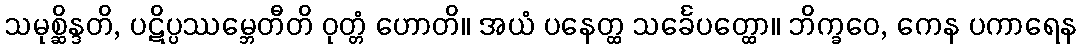
သမုစ္ဆိန္ဒတိ, ပဋိပ္ပဿမ္ဘေတီတိ ဝုတ္တံ ဟောတိ။ အယံ ပနေတ္ထ သင်္ခေပတ္ထော။ ဘိက္ခဝေ, ကေန ပကာရေန